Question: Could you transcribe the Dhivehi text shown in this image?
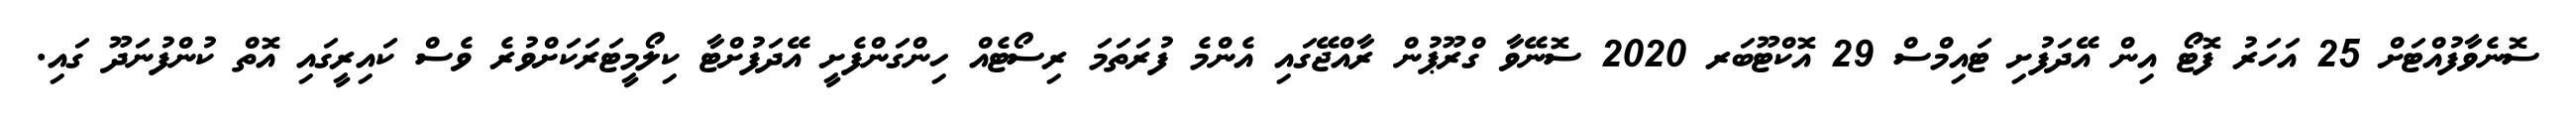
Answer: ސޮނެވާފުއްޓަށް 25 އަހަރު ފޮޓޯ އިން އޭދަފުށި ޓައިމްސް 29 އޮކްޓޫބަރ 2020 ސޮނޭވާ ގްރޫޕުން ރާއްޖޭގައި އެންމެ ފުރަތަމަ ރިސޯޓެއް ހިންގަންފެށީ އޭދަފުށްޓާ ކިލޯމީޓަރަކަށްވުރެ ވެސް ކައިރީގައި އޮތް ކުންފުނަދޫ ގައި.